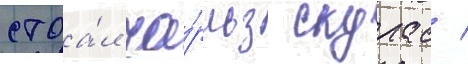
стоа́л ча́рльз скурас /